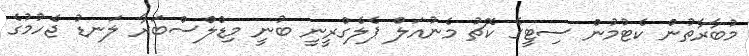
މުބާރާތުން ކެޓުމުން ސިޓީގެ ކޮޗު މެނުއަލް ޕެލެގްރީނީ ބުނީ މިޑްލްސްބަރާ ލަނޑު ޖެހުމުގެ